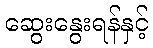
ဆွေးနွေးရန်နှင့်